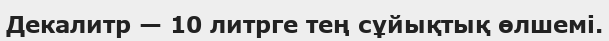
Декалитр — 10 литрге тең сұйықтық өлшемі.